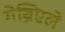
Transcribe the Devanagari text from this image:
गेब्रिएले